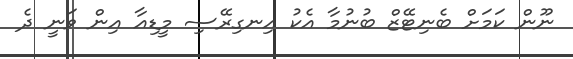
ނޫން ކަމަށް ބެނިޓޭޒް ބުނުމާ އެކު އިނގިރޭސި މީޑިއާ އިން ވަނީ ދެ